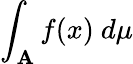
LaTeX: \int_{\mathbf{A}}f(x)\ d\mu